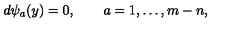
d \psi _ { a } ( y ) = 0 , \qquad a = 1 , \ldots , m - n ,